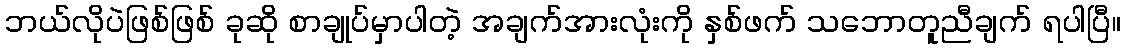
ဘယ်လိုပဲဖြစ်ဖြစ် ခုဆို စာချုပ်မှာပါတဲ့ အချက်အားလုံးကို နှစ်ဖက် သဘောတူညီချက် ရပါပြီ။